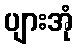
ပျားအုံ